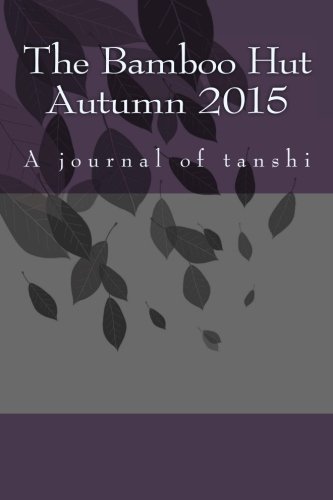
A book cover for The Bamboo Hut Autumn 2015: A journal of tanshi; Steve Wilkinson; Literature & Fiction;